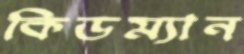
কিডম্যান